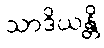
သာဒိယန္တိ